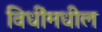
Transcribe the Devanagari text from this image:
विधींमधील